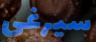
سيرغي